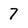
Character: 7